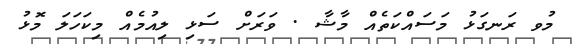
މުވ ރަނގަޅު މަސައްކަތެއް މާޝާ . ވަރަށް ސަޅި ލިއުމެއް މިކަހަލަ މޮޅު